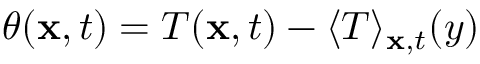
\theta ( \mathbf { x } , t ) = T ( \mathbf { x } , t ) - \langle T \rangle _ { \mathbf { x } , t } ( y )